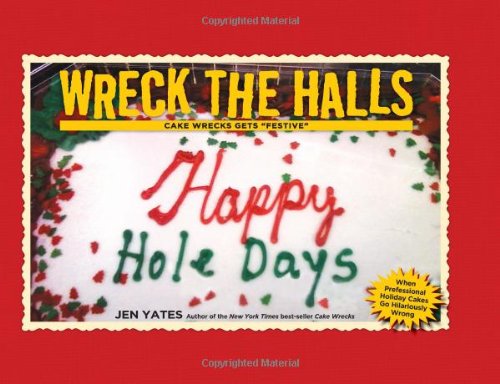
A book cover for Wreck the Halls: Cake Wrecks Gets "Festive"; Jen Yates; Humor & Entertainment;